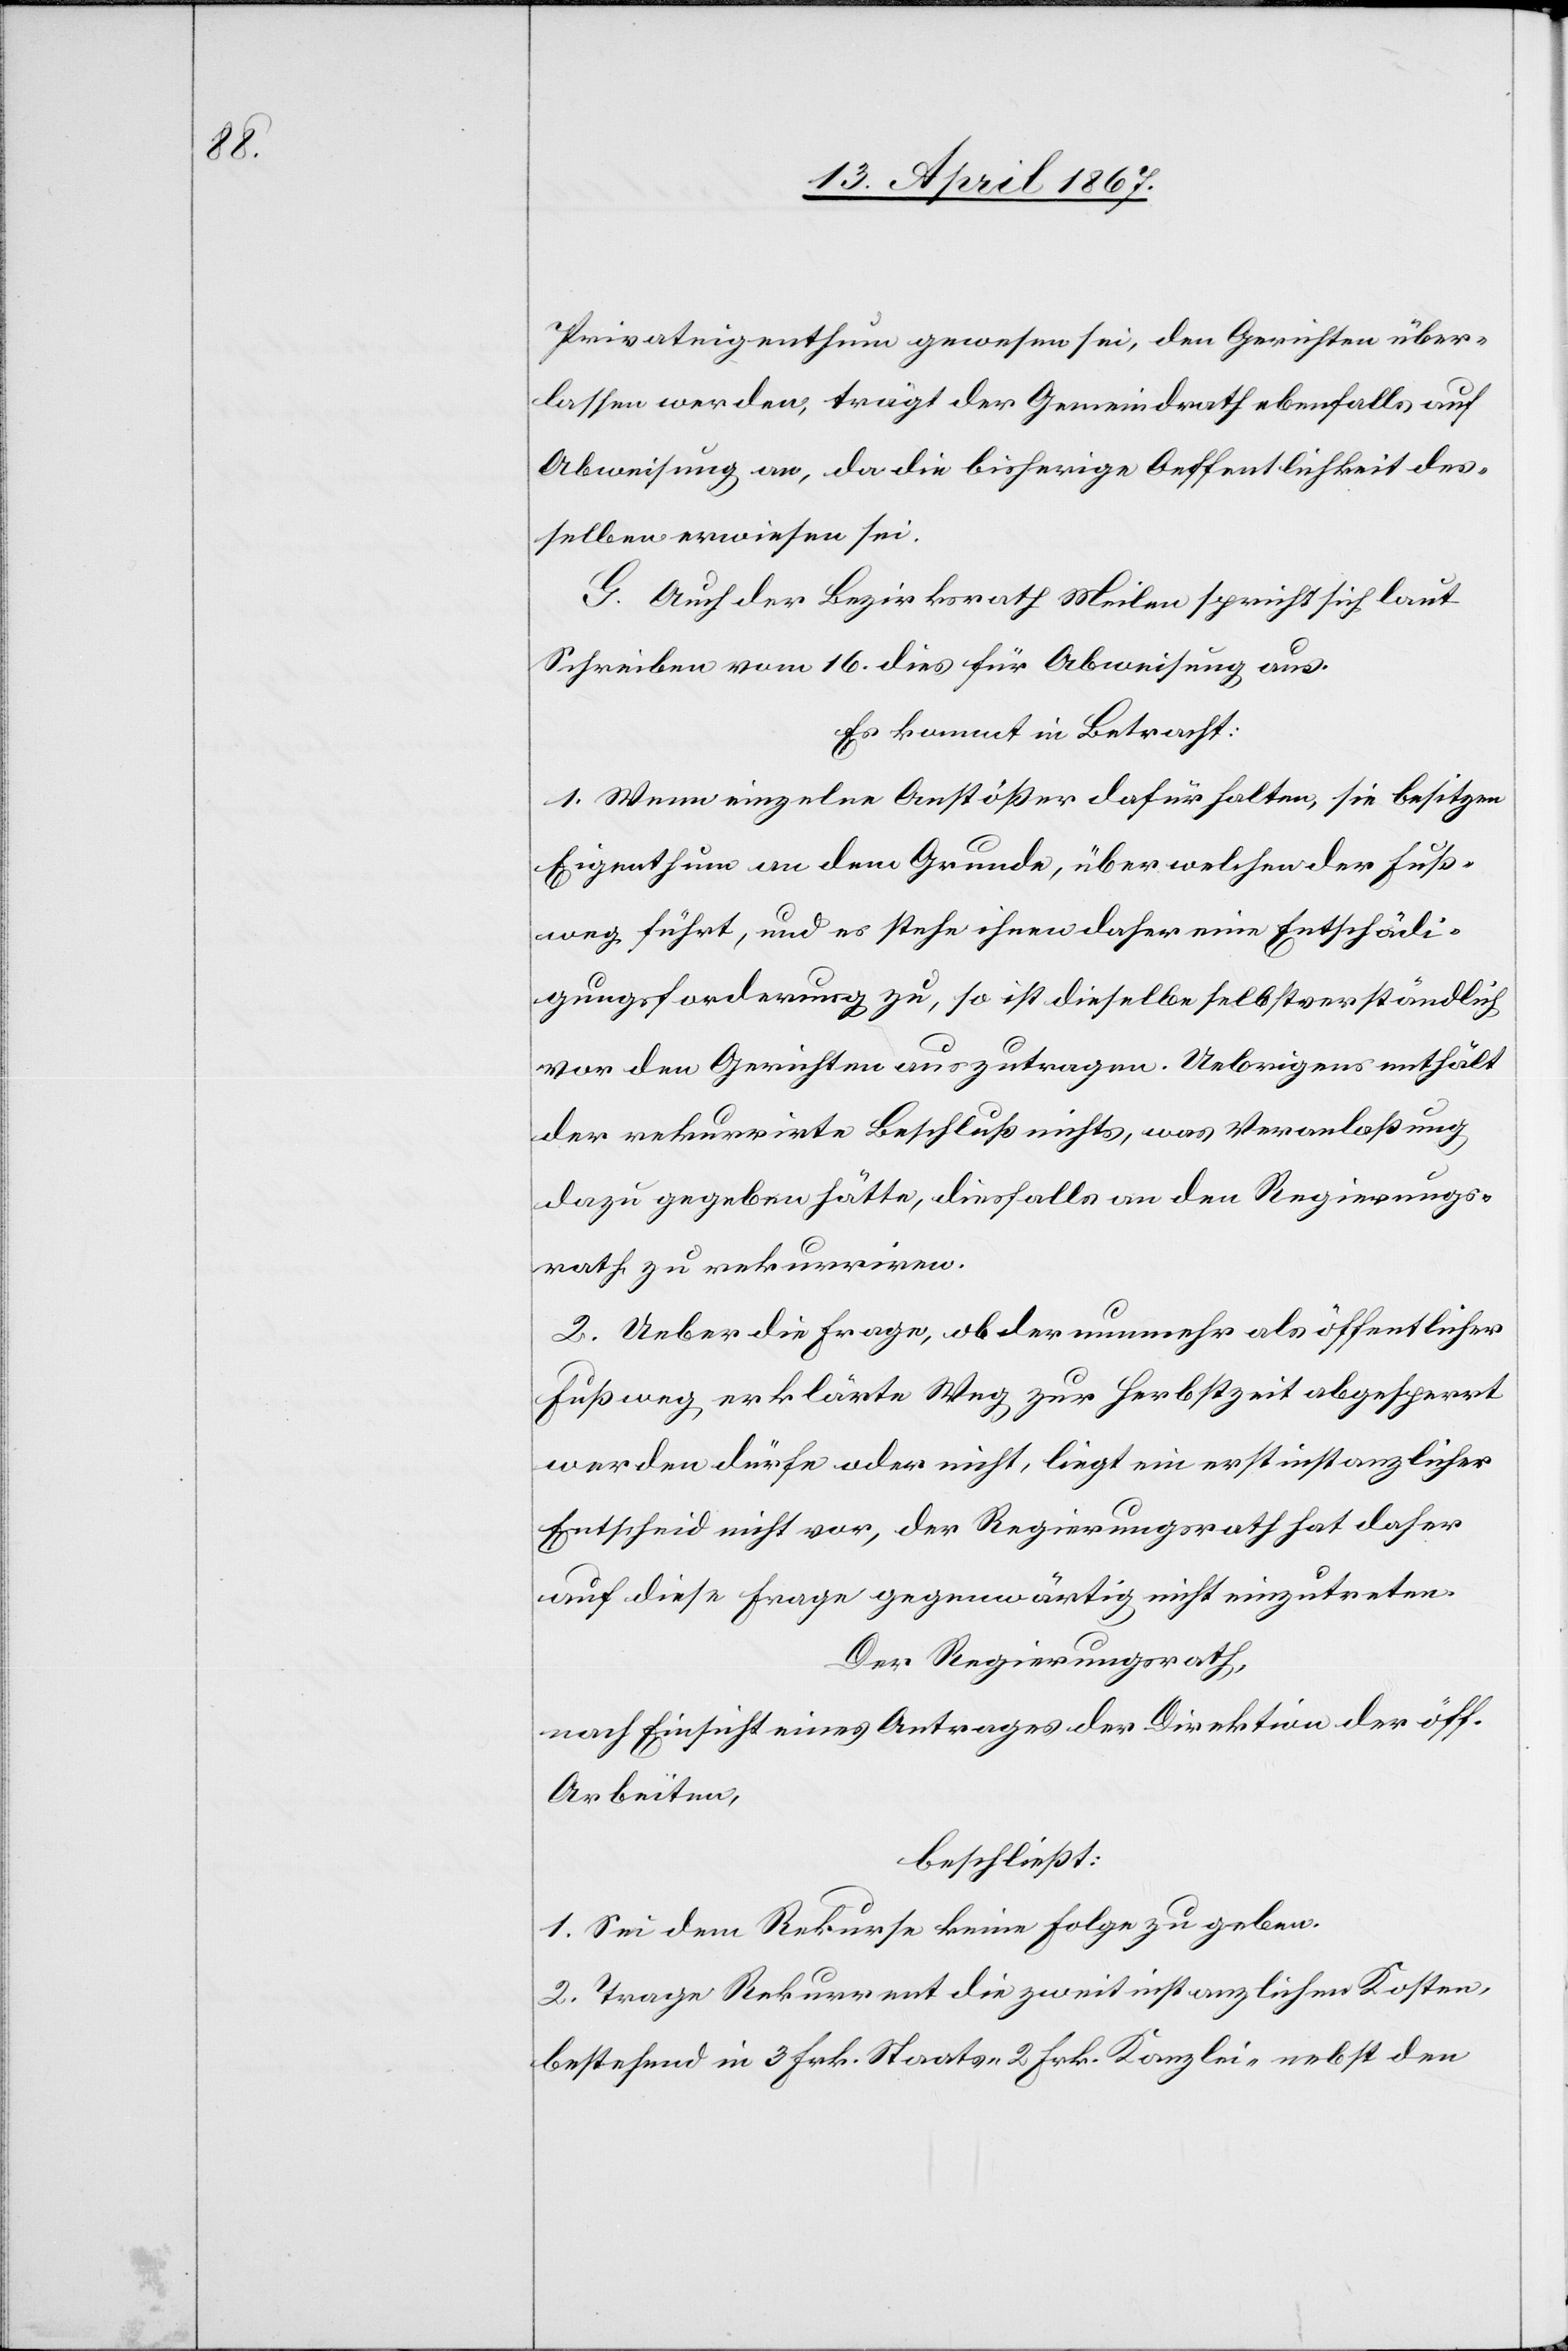
Privateigenthum gewesen sei, den Gerichten über¬
lassen werden, trägt der Gemeindrath ebenfalls auf
Abweisung an, da die bisherige Oeffentlichkeit des¬
selben erwiesen sei.
G. Auch der Bezirksrath Meilen spricht sich laut
Schreiben vom 16. dies für Abweisung aus.
Es kommt in Betracht:
1. Wenn einzelne Anstößer dafür halten, sie besitzen
Eigenthum an dem Grunde, über welchen der Fuß¬
weg führt, und es stehe ihnen daher eine Entschädi¬
gungsforderung zu, so ist dieselbe selbstverständlich
von den Gerichten auszutragen. Uebrigens enthält
der rekurrirte Beschluß nichts, was Veranlaßung
dazu gegeben hätte, diesfalls an den Regierungs¬
rath zu rekurriren.
2. Ueber die Frage, ob der nunmehr als öffentlicher
Fußweg erklärte Weg zur Herbstzeit abgesperrt
werden dürfe oder nicht, liegt ein erstinstanzlicher
Entscheid nicht vor, der Regierungsrath hat daher
auf diese Frage gegenwärtig nicht einzutreten.
Der Regierungsrath,
nach Einsicht eines Antrages der Direktion der öff.
Arbeiten,
beschließt:
1. Sei dem Rekurse keine Folge zu geben.
2. Trage Rekurrent die zweitinstanzlichen Kosten,
bestehend in 3 Frk. Staats-[,] 2 Frk. Kanzlei- nebst den